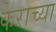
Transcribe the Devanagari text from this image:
केराच्या